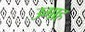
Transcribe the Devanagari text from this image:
उगाह